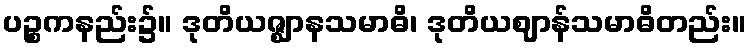
ပဉ္စကနည်း၌။ ဒုတိယဇ္ဈာနသမာဓိ၊ ဒုတိယဈာန်သမာဓိတည်း။